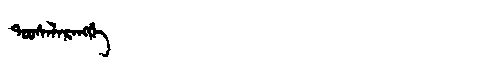
Manchu: ᡨᠣᠣᠰᡝᠯᠠᡵᠠᠩᡤᡝ
Romanization: TOOSELARANGGE